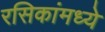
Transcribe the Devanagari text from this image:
रसिकांमध्ये